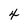
Character: 4